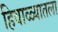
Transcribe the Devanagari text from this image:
हिवाळ्यातला